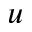
u